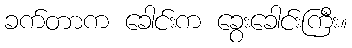
ခက်တာက ခေါင်းက ခွေးခေါင်းကြီး။